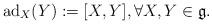
LaTeX: \begin{align*}\mathrm{ad}_X (Y) := [X,Y], \forall X,Y \in \mathfrak{g}.\end{align*}